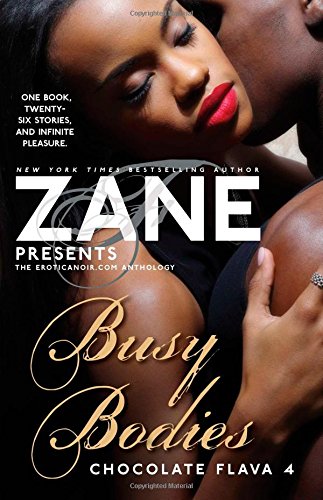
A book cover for Busy Bodies: Chocolate Flava 4; Zane; Romance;